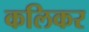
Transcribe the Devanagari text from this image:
कलिकर